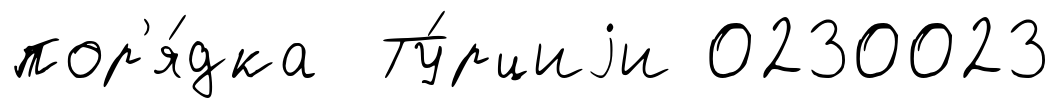
пор'я́дка Ту́рциjи 0230023